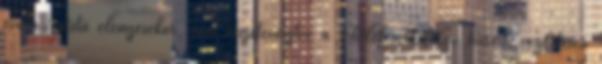
evolucionista elemzésekor, nem összetévesztve a „túlélésért folyó harc” végletesen